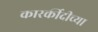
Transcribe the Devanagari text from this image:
कारर्कीदीच्या